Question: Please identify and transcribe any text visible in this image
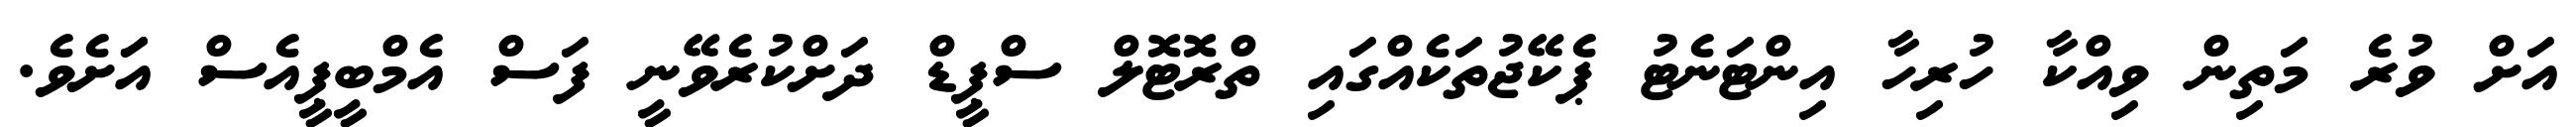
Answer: އަށް ވުރެ މަތިން ވިއްކާ ހުރިހާ އިންޓަނެޓު ޕެކޭޖުތަކެއްގައި ތްރޮޓޮލް ސްޕީޑް ދަށްކުރެވޭނީ ފަސް އެމްބީޕީއެސް އަަށެވެ.